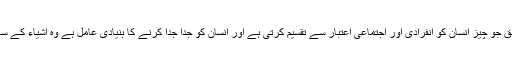
اس نظریے کے مطابق جو چیز انسان کو انفرادی اور اجتماعی اعتبار سے تقسیم کرتی ہے اور انسان کو جدا جدا کرنے کا بنیادی عامل ہے وہ اشیاء کے ساتھ انسان کا تعلق ہے۔